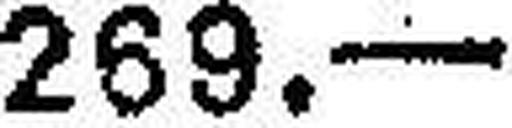
269.—